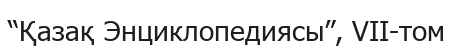
“Қазақ Энциклопедиясы”, VII-том